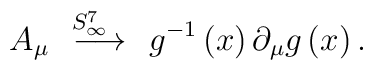
A_{\mu }\stackrel{\;\;S_{\infty }^{7}\quad }{\longrightarrow }g^{-1}\left(x\right) \partial _{\mu }g\left( x\right) .